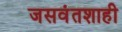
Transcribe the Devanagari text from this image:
जसवंतशाही